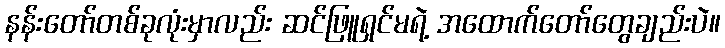
နန်းတော်တစ်ခုလုံးမှာလည်း ဆင်ဖြူရှင်မရဲ့ အထောက်တော်တွေချည်းပဲ။